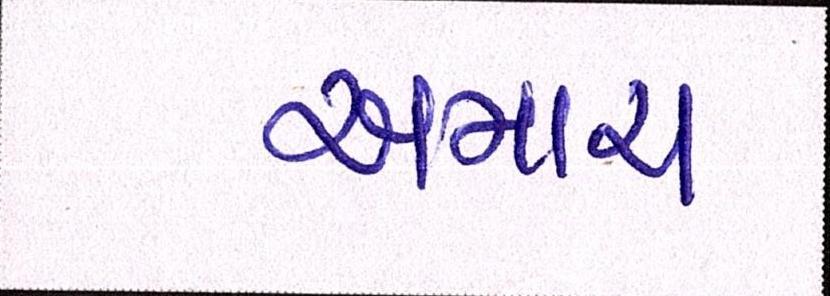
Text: અમારા